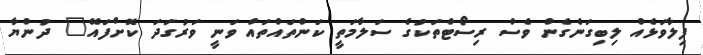
ފިލާވަޅެއް ލިބިގަނެގެން ވެސް ރިސޯޓްތަކުގެ ސަލާމަތީ ކަންތައްތައް ވަނީ ވަރުގަދަ ކޮށްފައޭ" ދުންޔާ